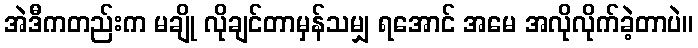
အဲဒီကတည်းက မချို လိုချင်တာမှန်သမျှ ရအောင် အမေ အလိုလိုက်ခဲ့တာပဲ။